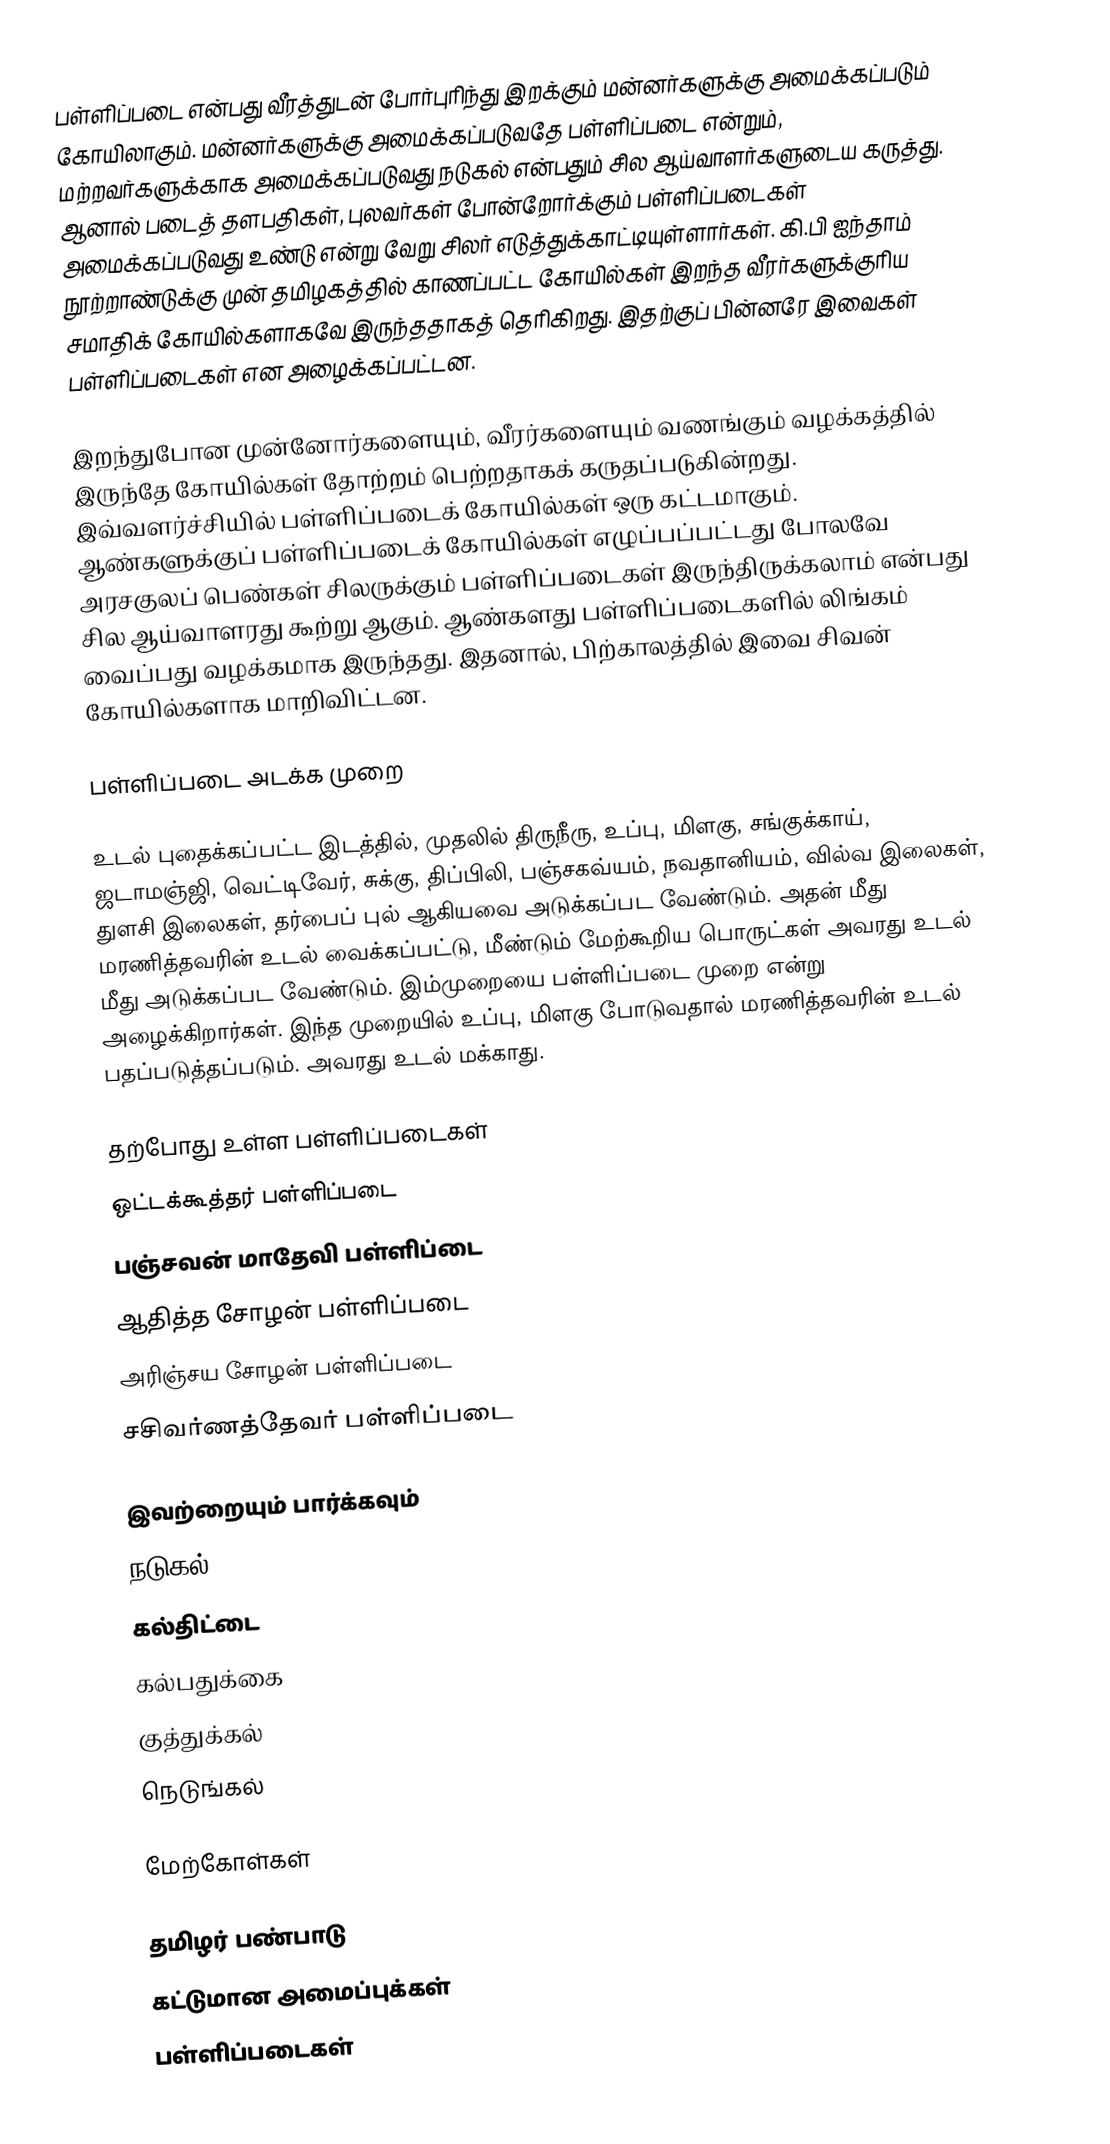
பள்ளிப்படை என்பது வீரத்துடன் போர்புரிந்து இறக்கும் மன்னர்களுக்கு அமைக்கப்படும் கோயிலாகும். மன்னர்களுக்கு அமைக்கப்படுவதே பள்ளிப்படை என்றும், மற்றவர்களுக்காக அமைக்கப்படுவது நடுகல் என்பதும் சில ஆய்வாளர்களுடைய கருத்து. ஆனால் படைத் தளபதிகள், புலவர்கள் போன்றோர்க்கும் பள்ளிப்படைகள் அமைக்கப்படுவது உண்டு என்று வேறு சிலர் எடுத்துக்காட்டியுள்ளார்கள். கி.பி ஐந்தாம் நூற்றாண்டுக்கு முன் தமிழகத்தில் காணப்பட்ட கோயில்கள் இறந்த வீரர்களுக்குரிய சமாதிக் கோயில்களாகவே இருந்ததாகத் தெரிகிறது. இதற்குப் பின்னரே இவைகள் பள்ளிப்படைகள் என அழைக்கப்பட்டன.

இறந்துபோன முன்னோர்களையும், வீரர்களையும் வணங்கும் வழக்கத்தில் இருந்தே கோயில்கள் தோற்றம் பெற்றதாகக் கருதப்படுகின்றது. இவ்வளர்ச்சியில் பள்ளிப்படைக் கோயில்கள் ஒரு கட்டமாகும். ஆண்களுக்குப் பள்ளிப்படைக் கோயில்கள் எழுப்பப்பட்டது போலவே அரசகுலப் பெண்கள் சிலருக்கும் பள்ளிப்படைகள் இருந்திருக்கலாம் என்பது சில ஆய்வாளரது கூற்று ஆகும். ஆண்களது பள்ளிப்படைகளில் லிங்கம் வைப்பது வழக்கமாக இருந்தது. இதனால், பிற்காலத்தில் இவை சிவன் கோயில்களாக மாறிவிட்டன.

பள்ளிப்படை அடக்க முறை

உடல் புதைக்கப்பட்ட இடத்தில், முதலில் திருநீரு, உப்பு, மிளகு, சங்குக்காய், ஜடாமஞ்ஜி, வெட்டிவேர், சுக்கு, திப்பிலி, பஞ்சகவ்யம், நவதானியம், வில்வ இலைகள், துளசி இலைகள், தர்பைப் புல் ஆகியவை அடுக்கப்பட வேண்டும். அதன் மீது மரணித்தவரின் உடல் வைக்கப்பட்டு, மீண்டும் மேற்கூறிய பொருட்கள் அவரது உடல் மீது அடுக்கப்பட வேண்டும். இம்முறையை பள்ளிப்படை முறை என்று அழைக்கிறார்கள். இந்த முறையில் உப்பு, மிளகு போடுவதால் மரணித்தவரின் உடல் பதப்படுத்தப்படும். அவரது உடல் மக்காது.

தற்போது உள்ள பள்ளிப்படைகள்
 ஒட்டக்கூத்தர் பள்ளிப்படை
 பஞ்சவன் மாதேவி பள்ளிப்டை
 ஆதித்த சோழன் பள்ளிப்படை
 அரிஞ்சய சோழன் பள்ளிப்படை
 சசிவர்ணத்தேவர் பள்ளிப்படை

இவற்றையும் பார்க்கவும்
 நடுகல்
 கல்திட்டை
 கல்பதுக்கை
 குத்துக்கல்
 நெடுங்கல்

மேற்கோள்கள்

தமிழர் பண்பாடு
கட்டுமான அமைப்புக்கள்
பள்ளிப்படைகள்